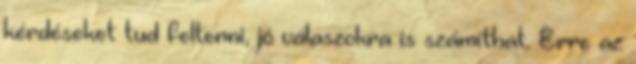
kérdéseket tud feltenni, jó válaszokra is számíthat. Erre az